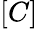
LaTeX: \left[C\right]